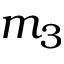
m _ { 3 }